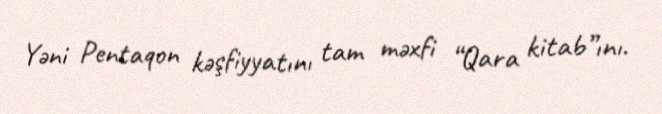
Yəni Pentaqon kəşfiyyatını tam məxfi “Qara kitab”ını.